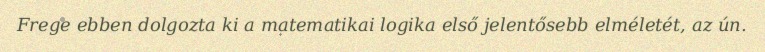
Frege ebben dolgozta ki a matematikai logika első jelentősebb elméletét, az ún.